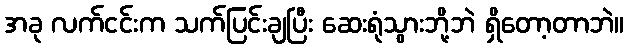
အခု လက်ငင်းက သက်ပြင်းချပြီး ဆေးရုံသွားဘို့ဘဲ ရှိတော့တာဘဲ။